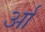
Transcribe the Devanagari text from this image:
र्आ